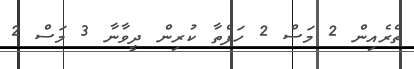
ތެރެއިން 2 މަސް 2 ހަފްތާ ކުރިން ދީވާނާ 3 މަސް 2